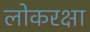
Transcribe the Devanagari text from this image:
लोकरक्षा